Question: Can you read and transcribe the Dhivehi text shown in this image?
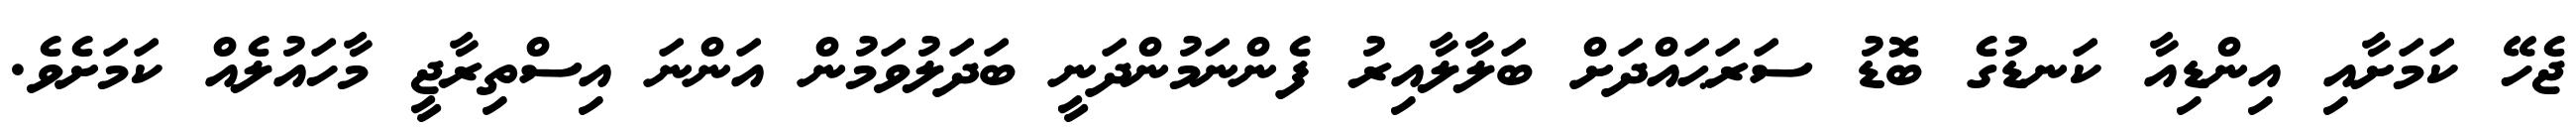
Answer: ޖެހޭ ކަމަށާއި އިންޑިއާ ކަނޑުގެ ބޮޑު ސަރަޙައްދަށް ބަލާލާއިރު ފެންނަމުންދަނީ ބަދަލުވަމުން އަންނަ އިސްތިރާޖީ މާހައުލެއް ކަމަށެވެ.